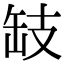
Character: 𢻂